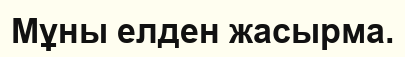
Мұны елден жасырма.